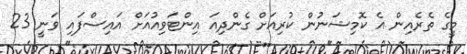
މީގެ ތެރެއިން އެ ކޮމިޝަނުން ކުރިއަށް ގެންދިއަ އިންޓަވިއުއަށް އައިސްފައި ވަނީ 23